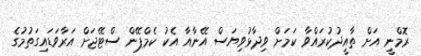
ރޮމްނީ އަށް ތާއީދުކުރައްވާ ކަމަށް ވިދާޅުވިޔަސް އޭނާއާ އެކު ކެމްޕޭން ސްޓޭޖަށް އަރާވަޑައިގަތުމުގެ